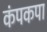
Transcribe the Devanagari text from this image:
कंपकपा